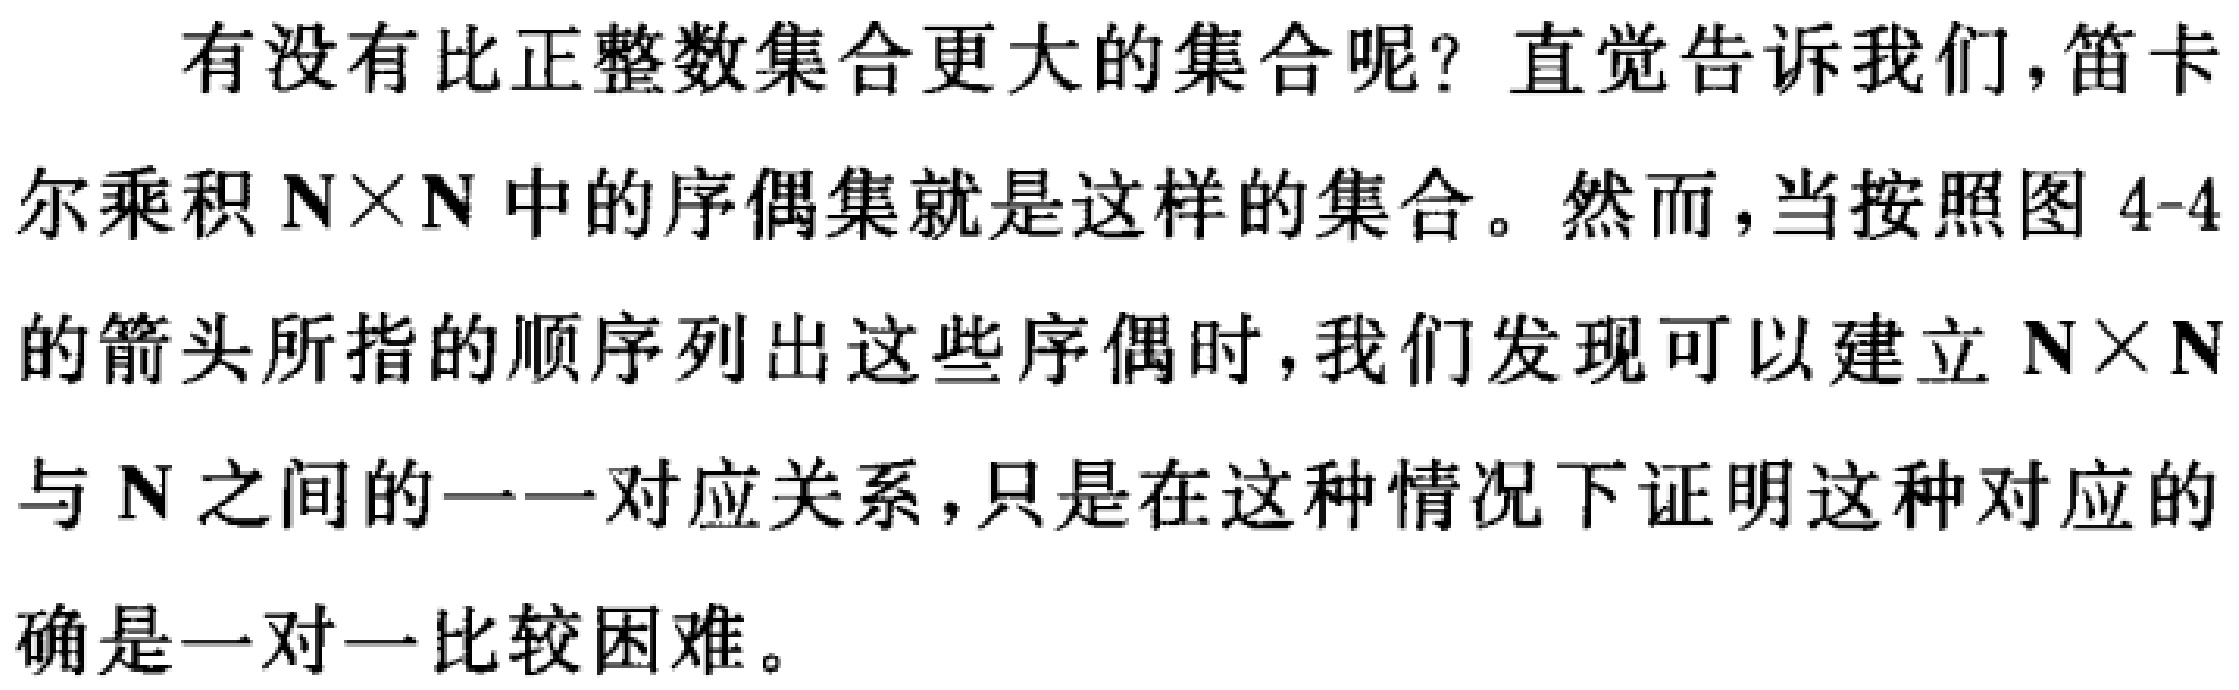
有没有比正整数集合更大的集合呢？直觉告诉我们，笛卡尔乘积\(\mathbf{N}\times\mathbf{N}\)中的序偶集就是这样的集合。然而，当按照图4-4的箭头所指的顺序列出这些序偶时，我们发现可以建立\(\mathbf{N}\times\mathbf{N}\)与\(\mathbf{N}\)之间的一一对应关系，只是在这种情况下证明这种对应的 确是一对一比较困难。